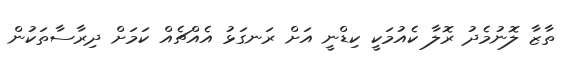
ތާޒާ ލޮނުމެދު ރޮލާ ކެއުމަކީ ކިޑްނީ އަށް ރަނގަޅު އެއްޗެއް ކަމަށް ދިރާސާތަކުން